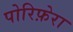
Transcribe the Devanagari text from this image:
पोरिफ़ेरा